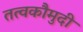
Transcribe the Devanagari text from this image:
तत्‍वकौमुदी